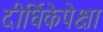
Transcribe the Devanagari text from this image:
दीर्घिकेपेक्षा